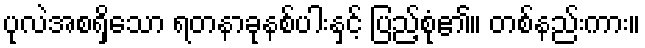
ပုလဲအစရှိသော ရတနာခုနစ်ပါးနှင့် ပြည့်စုံ၏။ တစ်နည်းကား။